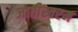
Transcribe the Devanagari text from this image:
जातीस्वरम